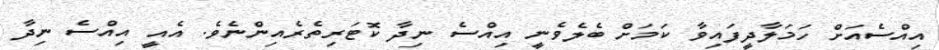
އިއްސެއަށް ހަމަލާދީފައިވާ ކަމަށް ބެލެވެނީ އިއްސެ ނިދާ ކޮޓަރިތެރެއިންނެވެ. އެއީ އިއްސެ ނިދާ